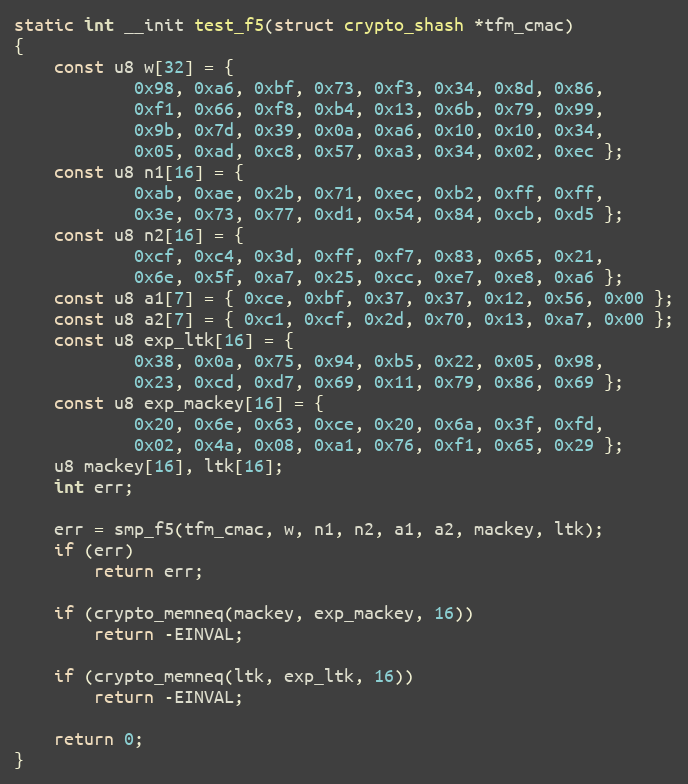
Language: C
static int __init test_f5(struct crypto_shash *tfm_cmac)
{
	const u8 w[32] = {
			0x98, 0xa6, 0xbf, 0x73, 0xf3, 0x34, 0x8d, 0x86,
			0xf1, 0x66, 0xf8, 0xb4, 0x13, 0x6b, 0x79, 0x99,
			0x9b, 0x7d, 0x39, 0x0a, 0xa6, 0x10, 0x10, 0x34,
			0x05, 0xad, 0xc8, 0x57, 0xa3, 0x34, 0x02, 0xec };
	const u8 n1[16] = {
			0xab, 0xae, 0x2b, 0x71, 0xec, 0xb2, 0xff, 0xff,
			0x3e, 0x73, 0x77, 0xd1, 0x54, 0x84, 0xcb, 0xd5 };
	const u8 n2[16] = {
			0xcf, 0xc4, 0x3d, 0xff, 0xf7, 0x83, 0x65, 0x21,
			0x6e, 0x5f, 0xa7, 0x25, 0xcc, 0xe7, 0xe8, 0xa6 };
	const u8 a1[7] = { 0xce, 0xbf, 0x37, 0x37, 0x12, 0x56, 0x00 };
	const u8 a2[7] = { 0xc1, 0xcf, 0x2d, 0x70, 0x13, 0xa7, 0x00 };
	const u8 exp_ltk[16] = {
			0x38, 0x0a, 0x75, 0x94, 0xb5, 0x22, 0x05, 0x98,
			0x23, 0xcd, 0xd7, 0x69, 0x11, 0x79, 0x86, 0x69 };
	const u8 exp_mackey[16] = {
			0x20, 0x6e, 0x63, 0xce, 0x20, 0x6a, 0x3f, 0xfd,
			0x02, 0x4a, 0x08, 0xa1, 0x76, 0xf1, 0x65, 0x29 };
	u8 mackey[16], ltk[16];
	int err;

	err = smp_f5(tfm_cmac, w, n1, n2, a1, a2, mackey, ltk);
	if (err)
		return err;

	if (crypto_memneq(mackey, exp_mackey, 16))
		return -EINVAL;

	if (crypto_memneq(ltk, exp_ltk, 16))
		return -EINVAL;

	return 0;
}